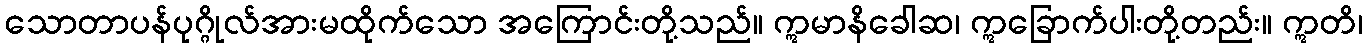
သောတာပန်ပုဂ္ဂိုလ်အားမထိုက်သော အကြောင်းတို့သည်။ ဣမာနိခေါဆ၊ ဣခြောက်ပါးတို့တည်း။ ဣတိ၊